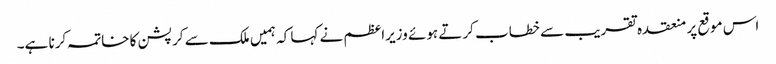
اس موقع پر منعقدہ تقریب سے خطاب کرتے ہوئے وزیراعظم نے کہا کہ ہمیں ملک سے کرپشن کا خاتمہ کرنا ہے۔